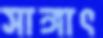
সাঙ্গাৎ